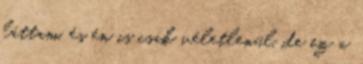
láttam, és én is csak véletlenül, de ez a